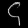
Digit: ၄